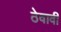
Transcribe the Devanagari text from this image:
ठेवावीं